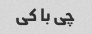
چی با کی